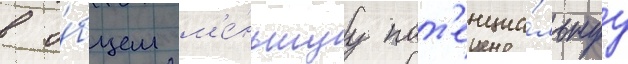
в о́бщем м'е́ньшуу пот'енциа́льнуу